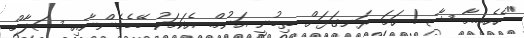
"ހެހެ....މާ ޝާ ! ހަމަ ރަނގަޅަށް ތިބުނީ އަނުމް. އެކަމަކު ބޭބެމެންނާއި ސަލާމް